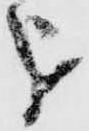
を